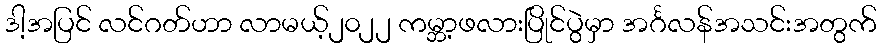
ဒါ့အပြင် လင်ဂတ်ဟာ လာမယ့်၂၀၂၂ ကမ္ဘာ့ဖလားပြိုင်ပွဲမှာ အင်္ဂလန်အသင်းအတွက်